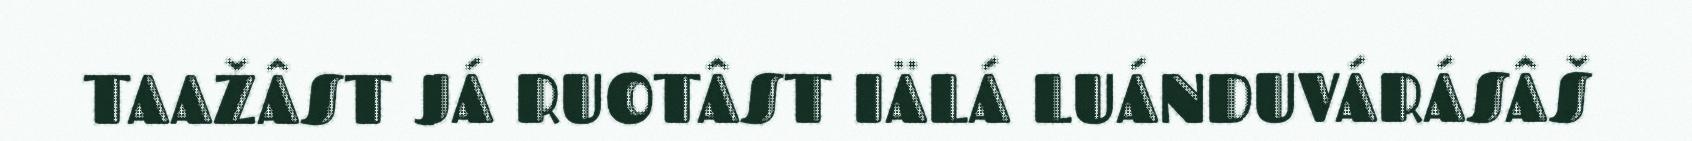
TAAŽÂST JÁ RUOTÂST IÄLÁ LUÁNDUVÁRÁSÂŠ